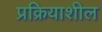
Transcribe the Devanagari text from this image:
प्रक्रियाशील